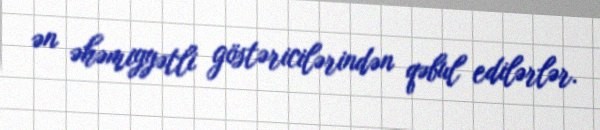
ən əhəmiyyətli göstəricilərindən qəbul edilərlər.